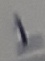
Text: 1